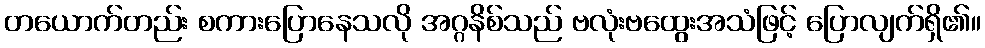
တယောက်တည်း စကားပြောနေသလို အဂ္ဂနိစ်သည် ဗလုံးဗထွေးအသံဖြင့် ပြောလျက်ရှိ၏။